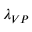
\lambda _ { V P }